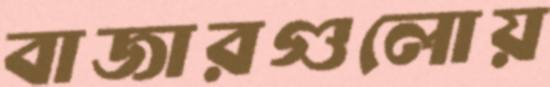
বাজারগুলোয়